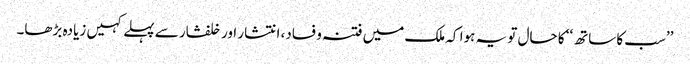
’’سب کا ساتھ‘‘ کا حال تو یہ ہوا کہ ملک میں فتنہ و فساد، انتشار اور خلفشار سے پہلے کہیں زیادہ بڑھا۔